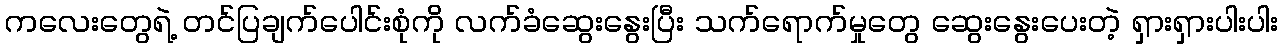
ကလေးတွေရဲ့ တင်ပြချက်ပေါင်းစုံကို လက်ခံဆွေးနွေးပြီး သက်ရောက်မှုတွေ ဆွေးနွေးပေးတဲ့ ရှားရှားပါးပါး